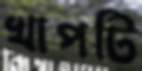
খাপটি